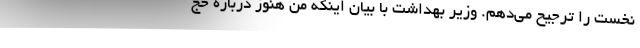
نخست را ترجیح می‌دهم. وزیر بهداشت با بیان اینکه من هنوز درباره حج